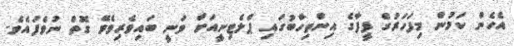
އެހެން ކަމުން މިފަހަރުގެ ފީފާގެ އިންތިހާބުގައި ޕްލެޓިނީއަށް ވަނީ ބައިވެރިވެވޭ ގޮތް ނުވެފައެވެ.